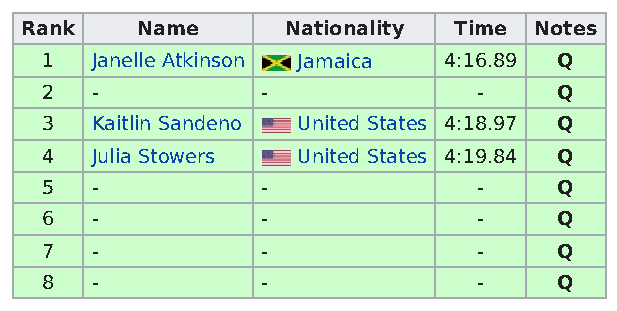
Rank    Name      Nationality Time Notes
 1  Janelle Atkinson Jamaica 4:16.89 Q
 2  -          -              -    Q
 3  Kaitlin Sandeno United States 4:18.97 Q
 4  Julia Stowers United States 4:19.84 Q
 5  -          -              -    Q
 6  -          -              -    Q
 7  -          -              -    Q
 8  -          -              -    Q